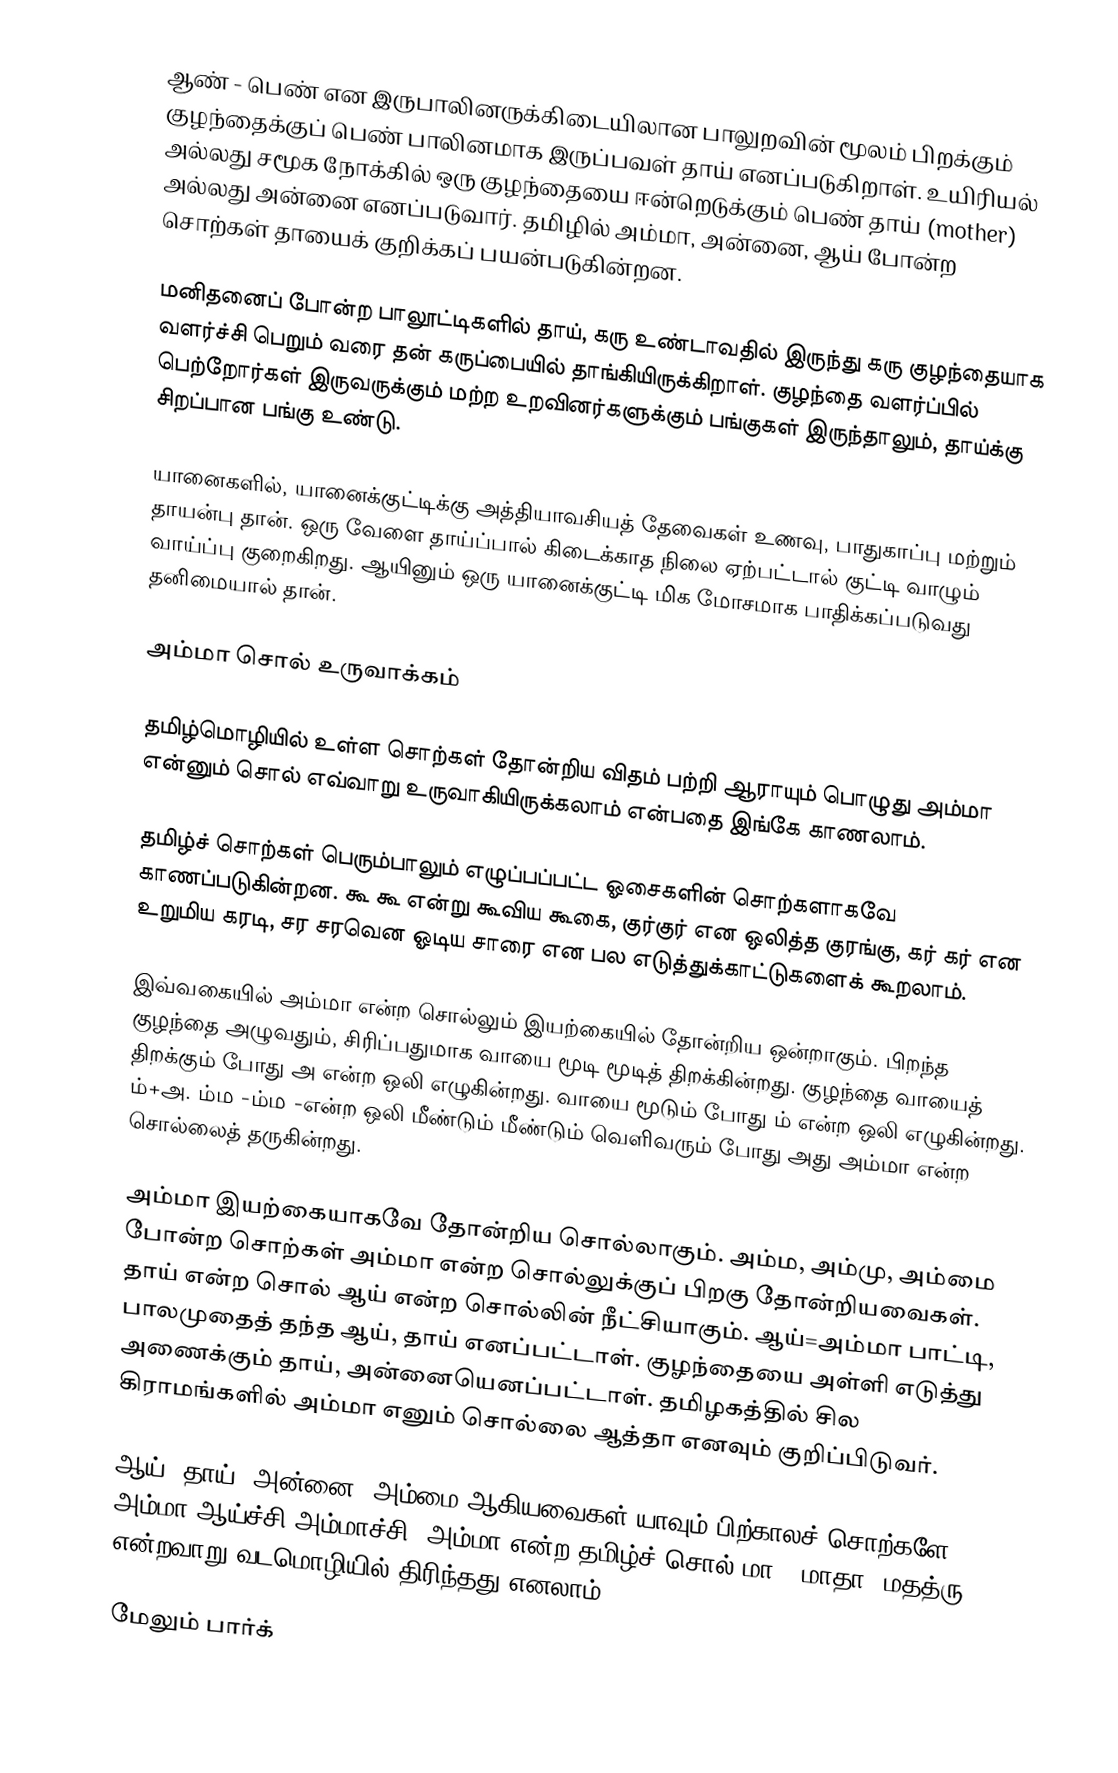
ஆண் - பெண் என இருபாலினருக்கிடையிலான பாலுறவின் மூலம் பிறக்கும் குழந்தைக்குப் பெண் பாலினமாக இருப்பவள் தாய் எனப்படுகிறாள். உயிரியல் அல்லது சமூக நோக்கில் ஒரு குழந்தையை ஈன்றெடுக்கும் பெண் தாய் (mother) அல்லது அன்னை எனப்படுவார். தமிழில் அம்மா, அன்னை, ஆய் போன்ற சொற்கள் தாயைக் குறிக்கப் பயன்படுகின்றன.

மனிதனைப் போன்ற பாலூட்டிகளில் தாய், கரு உண்டாவதில் இருந்து கரு குழந்தையாக வளர்ச்சி பெறும் வரை தன் கருப்பையில் தாங்கியிருக்கிறாள். குழந்தை வளர்ப்பில் பெற்றோர்கள் இருவருக்கும் மற்ற உறவினர்களுக்கும் பங்குகள் இருந்தாலும், தாய்க்கு சிறப்பான பங்கு உண்டு.

யானைகளில், யானைக்குட்டிக்கு அத்தியாவசியத் தேவைகள் உணவு, பாதுகாப்பு மற்றும் தாயன்பு தான். ஒரு வேளை தாய்ப்பால் கிடைக்காத நிலை ஏற்பட்டால் குட்டி வாழும் வாய்ப்பு குறைகிறது. ஆயினும் ஒரு யானைக்குட்டி மிக மோசமாக பாதிக்கப்படுவது தனிமையால் தான்.

அம்மா சொல் உருவாக்கம்

தமிழ்மொழியில் உள்ள சொற்கள் தோன்றிய விதம் பற்றி ஆராயும் பொழுது அம்மா என்னும் சொல் எவ்வாறு உருவாகியிருக்கலாம் என்பதை இங்கே காணலாம்.

தமிழ்ச் சொற்கள் பெரும்பாலும் எழுப்பப்பட்ட ஓசைகளின் சொற்களாகவே காணப்படுகின்றன. கூ கூ என்று கூவிய கூகை, குர்குர் என ஒலித்த குரங்கு, கர் கர் என உறுமிய கரடி, சர சரவென ஓடிய சாரை என பல எடுத்துக்காட்டுகளைக் கூறலாம்.

இவ்வகையில் அம்மா என்ற சொல்லும் இயற்கையில் தோன்றிய ஒன்றாகும். பிறந்த குழந்தை அழுவதும், சிரிப்பதுமாக வாயை மூடி மூடித் திறக்கின்றது. குழந்தை வாயைத் திறக்கும் போது அ என்ற ஒலி எழுகின்றது. வாயை மூடும் போது ம் என்ற ஒலி எழுகின்றது. ம்+அ. ம்ம -ம்ம -என்ற ஒலி மீண்டும் மீண்டும் வெளிவரும் போது அது அம்மா என்ற சொல்லைத் தருகின்றது.

அம்மா இயற்கையாகவே தோன்றிய சொல்லாகும். அம்ம, அம்மு, அம்மை போன்ற சொற்கள் அம்மா என்ற சொல்லுக்குப் பிறகு தோன்றியவைகள். தாய் என்ற சொல் ஆய் என்ற சொல்லின் நீட்சியாகும். ஆய்=அம்மா பாட்டி, பாலமுதைத் தந்த ஆய், தாய் எனப்பட்டாள். குழந்தையை அள்ளி எடுத்து அணைக்கும் தாய், அன்னையெனப்பட்டாள். தமிழகத்தில் சில கிராமங்களில் அம்மா எனும் சொல்லை ஆத்தா எனவும் குறிப்பிடுவர்.

ஆய், தாய், அன்னை, அம்மை ஆகியவைகள் யாவும் பிற்காலச் சொற்களே. அம்மா+ஆய்ச்சி=அம்மாச்சி. அம்மா என்ற தமிழ்ச் சொல் மா - மாதா -மதத்ரு என்றவாறு வடமொழியில் திரிந்தது எனலாம்.

மேலும் பார்க்